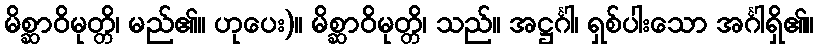
မိစ္ဆာဝိမုတ္တိ၊ မည်၏။ ဟုပေး)။ မိစ္ဆာဝိမုတ္တိ၊ သည်။ အဋ္ဌင်္ဂါ၊ ရှစ်ပါးသော အင်္ဂါရှိ၏။